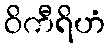
ဝိကီရိဟံ